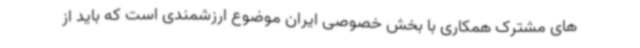
های مشترک همکاری با بخش خصوصی ایران موضوع ارزشمندی است که باید از